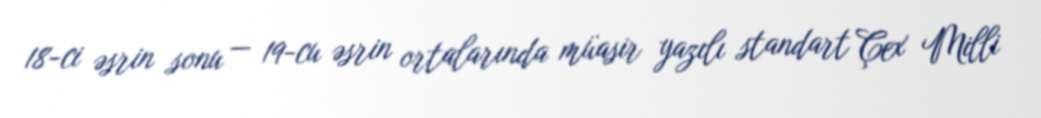
18-ci əsrin sonu — 19-cu əsrin ortalarında müasir yazılı standart Çex Milli